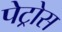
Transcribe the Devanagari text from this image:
पेट्रोस